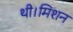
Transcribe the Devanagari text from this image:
थी।मिशन